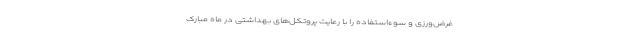
غرض‌ورزی و سوءاستفاده را با رعایت پروتکل‌های بهداشتی در ماه مبارک